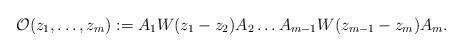
LaTeX: \begin{align*}\mathcal{O}(z_1,\dots,z_m):=A_1W(z_1-z_2)A_2\dots A_{m-1}W(z_{m-1}-z_m)A_m.\end{align*}